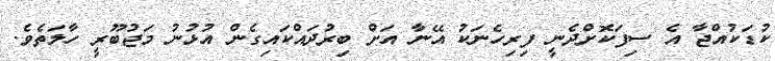
ކުޑަކުއްޖާ އެ ސިފަކޮށްދެނީ ފިރިހެނަކު އޭނާ އަށް ބިރުދައްކައިގެން އުޅުނު މަޖުބޫރީ ހާލަތެވެ.